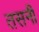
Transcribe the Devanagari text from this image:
तसनी